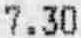
7.30